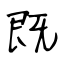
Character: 既